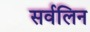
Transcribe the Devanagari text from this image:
सर्वलिन